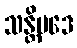
သန္တိပဒေ